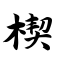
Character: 楔